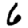
Digit: 6